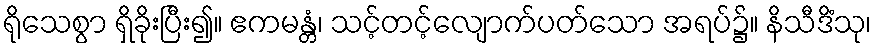
ရိုသေစွာ ရှိခိုးပြီး၍။ ဧကမန္တံ၊ သင့်တင့်လျောက်ပတ်သော အရပ်၌။ နိသီဒိံသု၊